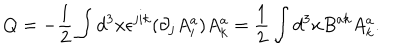
Q = - \frac { 1 } { 2 } \int d ^ { 3 } x \epsilon ^ { j i k } ( \partial _ { j } A _ { i } ^ { a } ) A _ { k } ^ { a } = \frac { 1 } { 2 } \int d ^ { 3 } x B ^ { a k } A _ { k } ^ { a } .